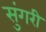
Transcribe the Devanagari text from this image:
सुंगरी